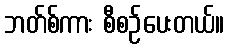
ဘတ်စ်ကား စီစဉ်ပေးတယ်။